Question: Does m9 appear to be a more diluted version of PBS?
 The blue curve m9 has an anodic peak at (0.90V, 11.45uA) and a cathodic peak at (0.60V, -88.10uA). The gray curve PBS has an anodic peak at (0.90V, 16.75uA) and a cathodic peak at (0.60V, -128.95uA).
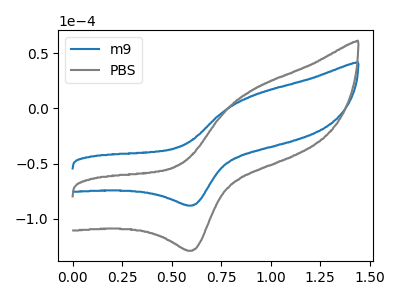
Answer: <think>All the peaks in "m9" have a peak in "PBS" at the same potential. Every peak in "m9" is lower than every peak in "PBS".
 </think>
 <answer>"m9" has less signal than "PBS" and so likely has a lower concentration.</answer>
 <eval>less_concentration</eval>